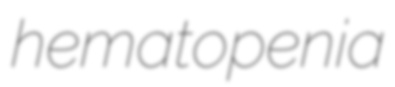
hematopenia